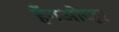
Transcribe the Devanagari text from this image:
हँगओव्हर